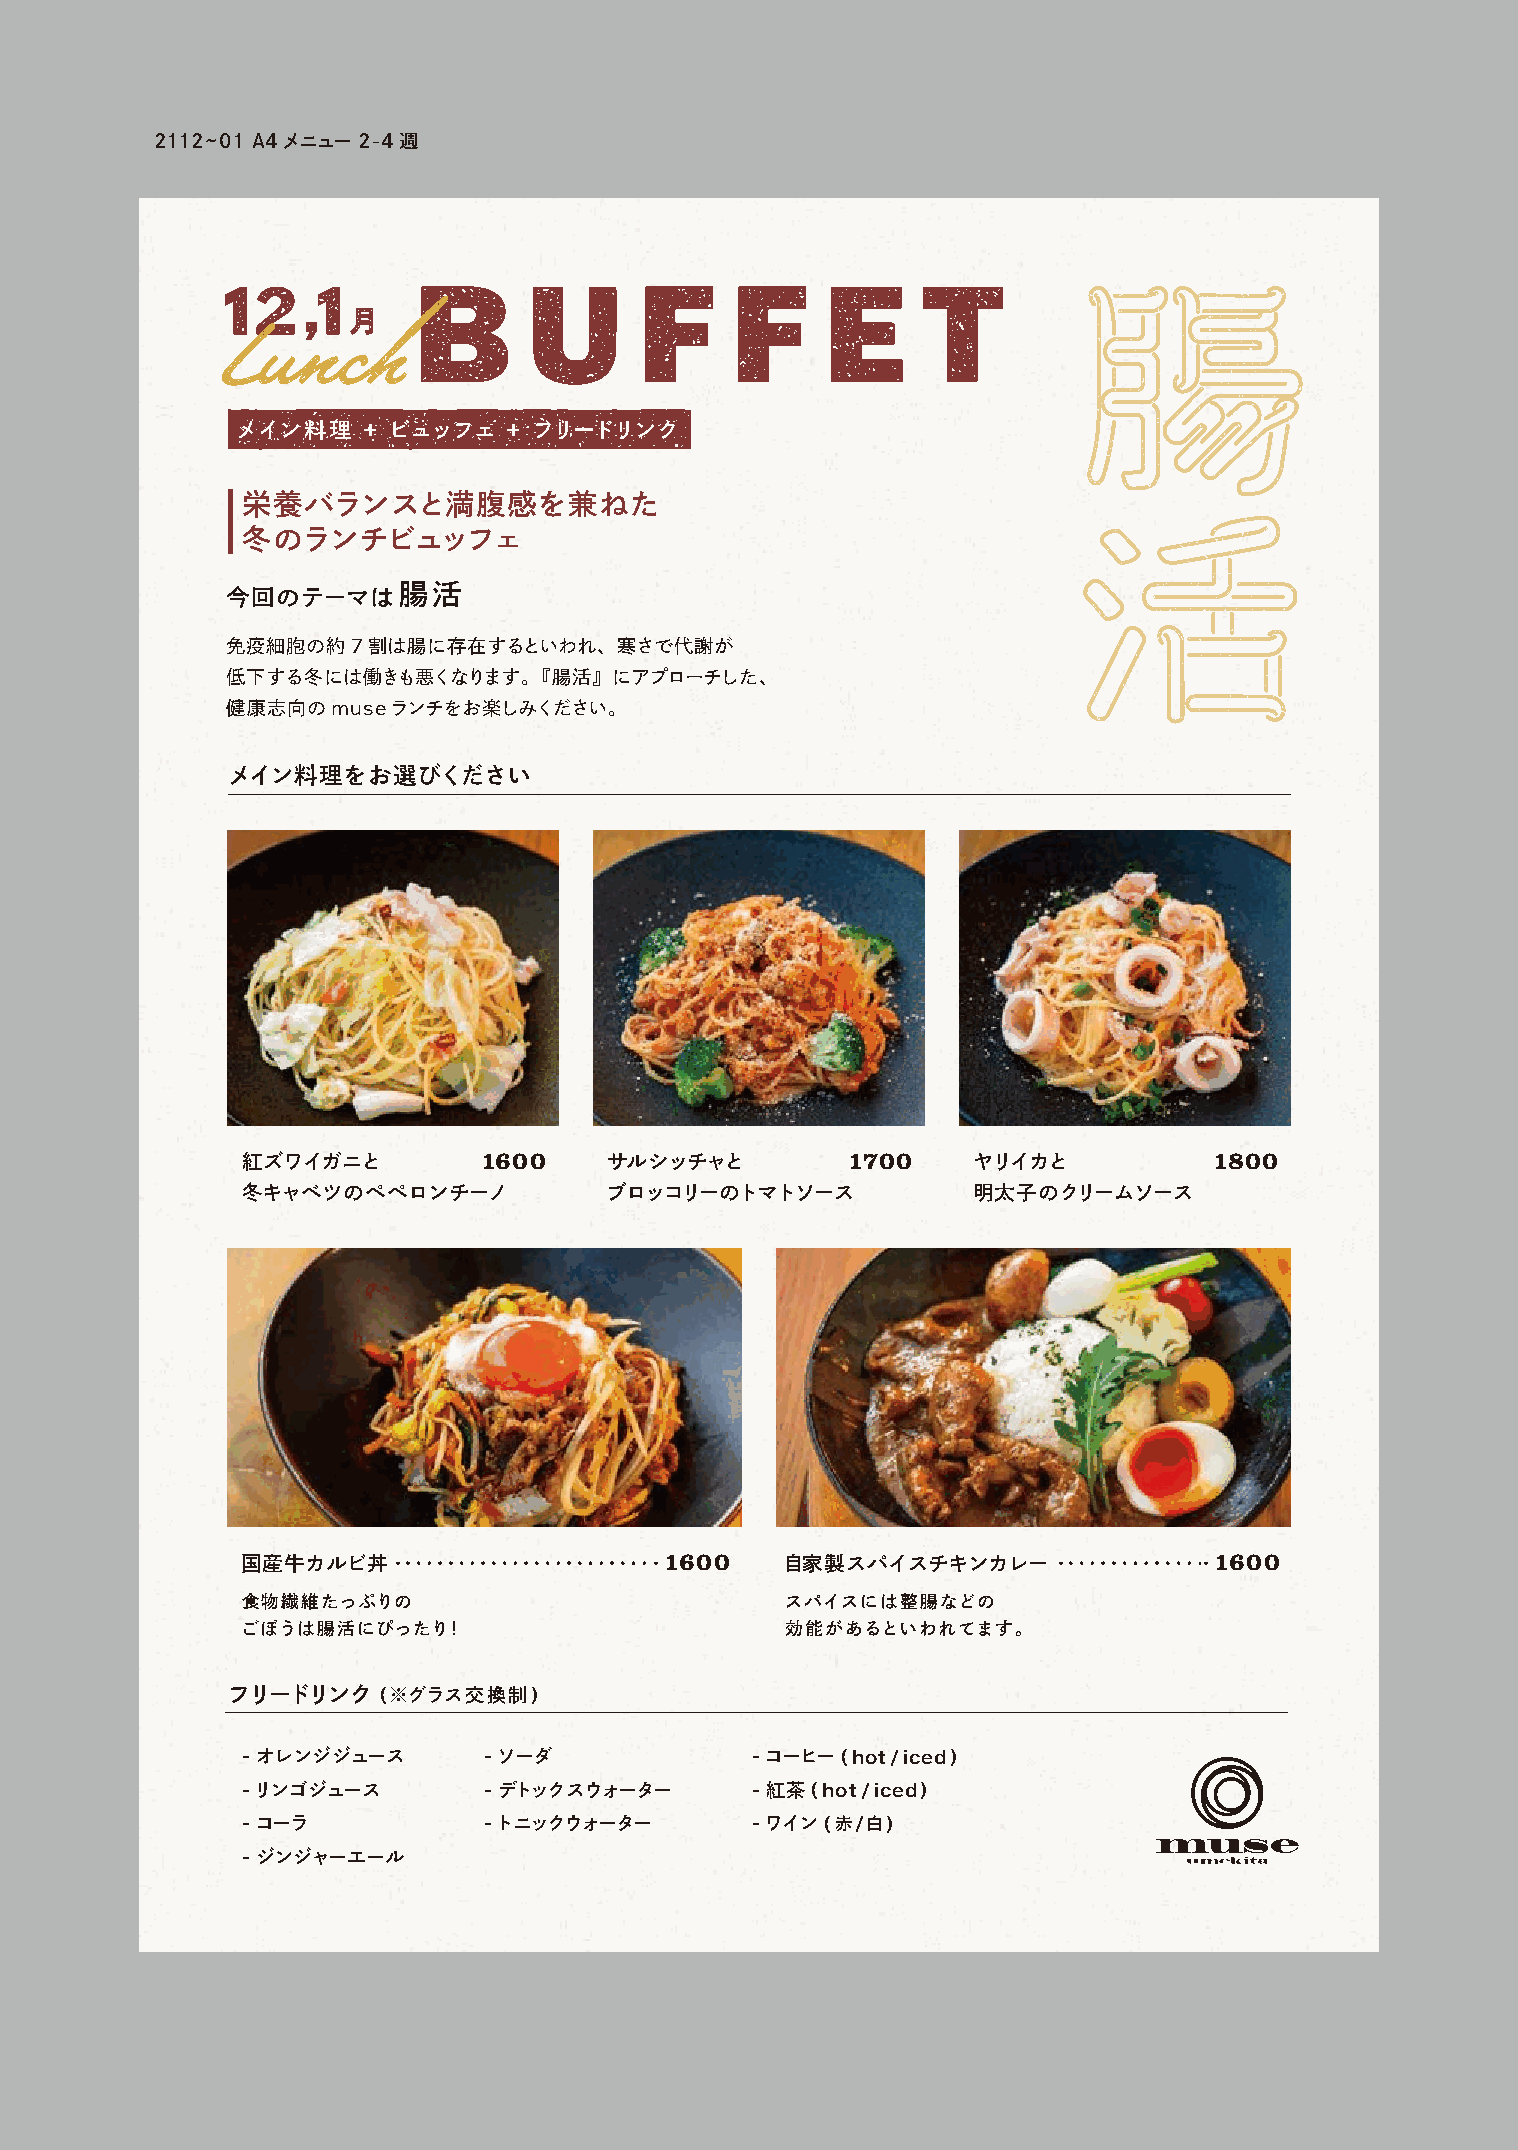
2112~01 A4メニュー 2-4週
 メイン料理   + ビュッフェ   + フリードリンク
 栄養バランスと満腹感を兼ねた
 冬のランチビュッフェ
 今回のテーマは腸活
 免疫細胞の約7割は腸に存在するといわれ、寒さで代謝が
 低下する冬には働きも悪くなります。『腸活』にアプローチした、
 健康志向のmuseランチをお楽しみください。
 メイン料理をお選びください
 紅ズワイガニと         1600    サルシッチャと         1700    ヤリイカと           1800
 冬キャベツのペペロンチーノ           ブロッコリーのトマトソース           明太子のクリームソース
 国産牛カルビ丼                     1600    自家製スパイスチキンカレー               1600
 食物繊維たっぷりの                           スパイスには整腸などの
 ごぼうは腸活にぴったり！                        効能があるといわれてます。
 フリードリンク   (※グラス交換制)
 -オレンジジュース       -ソーダ              -コーヒー(hot/iced)
 -リンゴジュース        -デトックスウォーター       -紅茶 (hot/iced)
 -コーラ            -トニックウォーター        -ワイン(赤/白)
 -ジンジャーエール